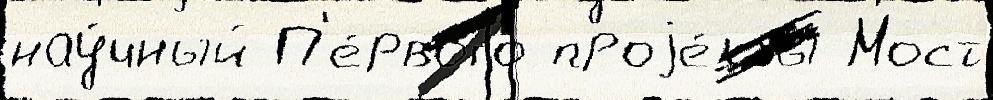
нау́чный П'е́рвого проjе́кты Мост